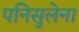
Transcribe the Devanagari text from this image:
पनिसुलेना